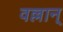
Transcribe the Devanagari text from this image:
वल्लान्